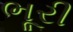
ભૂરી